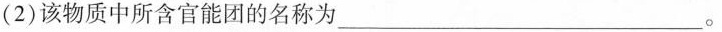
(2)该物质中所含官能团的名称为___。